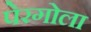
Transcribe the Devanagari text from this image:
पेरगोला